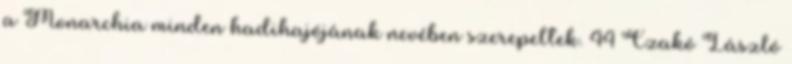
a Monarchia minden hadihajójának nevében szerepeltek. 44 Czakó László